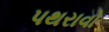
પથરાવો